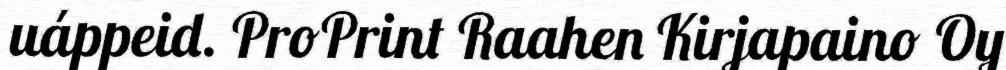
uáppeid. ProPrint Raahen Kirjapaino Oy